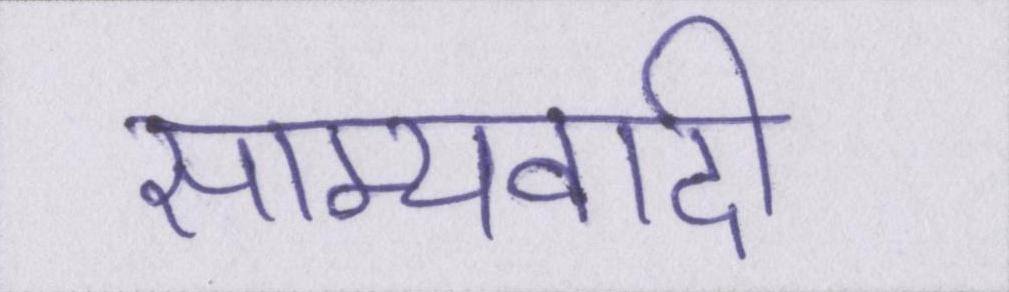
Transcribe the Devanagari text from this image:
साम्यवादी